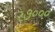
૨૭૦૦૦